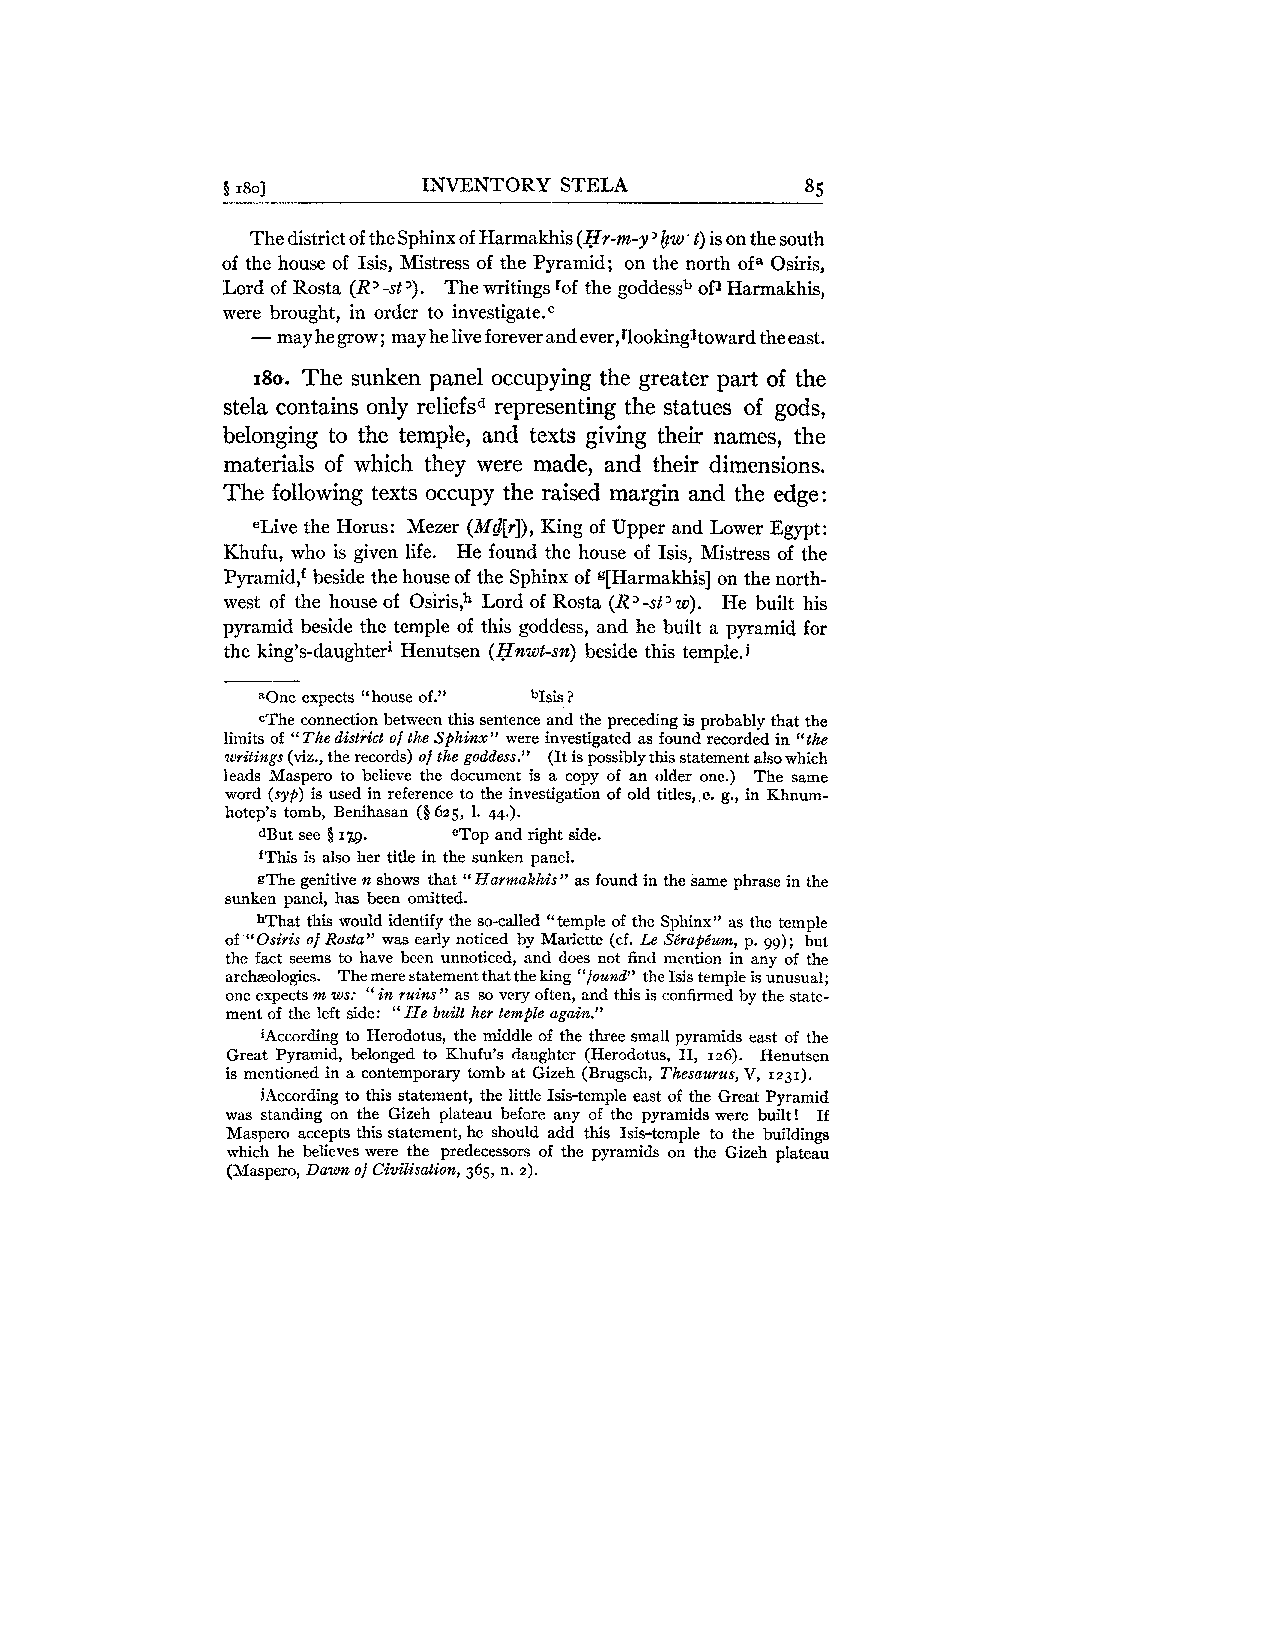
5 1801       INVENTORY STELA          85
 The district of the Sphinx of Harmakhis (Hr-m-y 'bw.t ) is on the south
 of the house of Isis, Mistress of the Pyramid; on the north ofa Osiris,
 Lord of Rosta (RD-st1' . The writings rof the goddessb of1 Harmakhis,
 were brought, in order to in~estigate.~
 - may hegrow; may he live forever and ever,rlooking~towardth eeast.
 180. The sunken panel occupying the greater part of the
 stela contains only reliefsd representing the statues of gods,
 belonging to the temple, and texts giving their names, the
 materials of which they were made, and their dimensions.
 The following texts occupy the raised margin and the edge:
 eLive the Horus: Mezer (Md[r]),K ing of Upper and Lower Egypt:
 Khufu, who is given life. He found the house of Isis, Mistress of the
 Pyramid! beside the house of the Sphinx of g[Harmakhis] on the north-
 west of the house of Osiris,h Lord of Rosta (RJ -st' w). He built his
 pyramid beside the temple of this goddess, and he built a pyramid for
 the king's-daughteri Henutsen (Hnwt-sn) beside this temp1e.j
 &Onee xpects "house of." %is ?
 cThe connection between this sentence and the preceding is probably that the
 limits of "The district of the Sphinx" were investigated as found recorded in "the
 writings (viz., the records) of the goddess." (It is possibly this statement also which
 leads Maspero to believe the document is a copy of an older one.) The same
 word (syp) is used in reference to the investigation of old titles, ,e. g., in Khnum-
 hotep's tomb, Benihasan ($625, 1. 44.).
 dBut see 5 I ~9. eTop and right side.
 fThis is also her title in the sunken panel.
 gThe genitive n shows that "Harmakhis" as found in the same phrase in the
 sunken panel, has been omitted.
 hThat this would identify the so-called "temple of the Sphinx" as the temple
 of "Osiris of Rosta" was early noticed by Mariette (cf. Le Sirapbum, p. 99); but
 the fact seems to have been unnoticed, and does not find mention in any of the
 archzologies. The mere statement that the king "found" the Isis temple is unusual;
 one expects m ws: "in ruins " as so very often, and this is confirmed by the state-
 ment of the left side: " He built her temple again."
 iAccording to Herodotus, the middle of the three small pyramids east of the
 Great Pyramid, belonged to Khufu's daughter (Herodotus, 11, 126). Henutsen
 is mentioned in a contemporary tomb at Gizeh (Brugsch, Thesaurus, V, 1231).
 jAccording to this statement, the little Isis-temple east of the Great Pyramid
 was standing on the Gizeh plateau before any of the pyramids were built1 If
 Maspero accepts this statement, he should add this Isis-temple to the buildings
 which he believes were the predecessors of the pyramids on the Gizeh plateau
 (Maspero, Dawn of Civilisation, 365, n. 2).